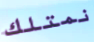
نمتلك